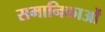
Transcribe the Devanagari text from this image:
समानिकाओं